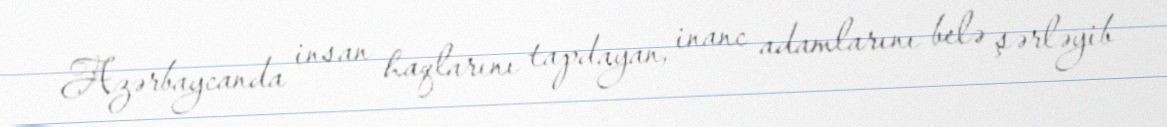
Azərbaycanda insan haqlarını tapdayan, inanc adamlarını belə şərləyib